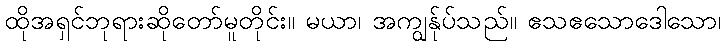
ထိုအရှင်ဘုရားဆိုတော်မူတိုင်း။ မယာ၊ အကျွန်ုပ်သည်။ ဧသဧသောဒေါသော၊